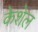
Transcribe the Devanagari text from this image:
केशेल